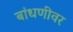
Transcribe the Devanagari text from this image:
बांधणीवर